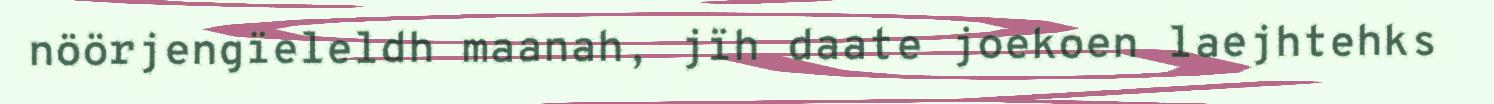
nöörjengïeleldh maanah, jïh daate joekoen laejhtehks